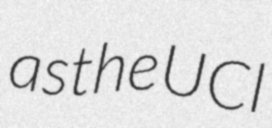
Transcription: as the UCI